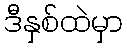
ဒီနှစ်ထဲမှာ